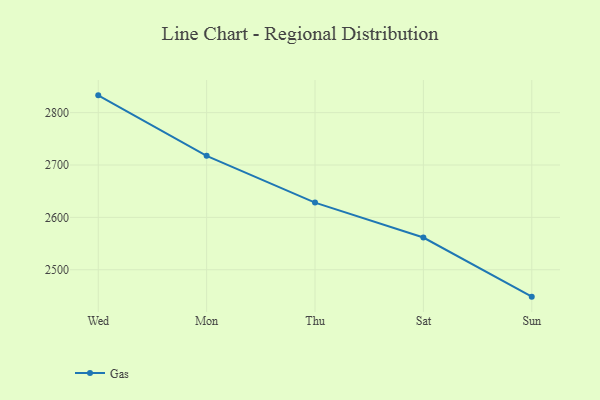
{"axis": {"x": "Day", "y": "LTV (USD)"}, "legend": ["Gas"], "data": [{"x": "Wed", "y": 2833.0, "type": "Gas"}, {"x": "Mon", "y": 2717.5, "type": "Gas"}, {"x": "Thu", "y": 2628.2, "type": "Gas"}, {"x": "Sat", "y": 2561.5, "type": "Gas"}, {"x": "Sun", "y": 2448.6, "type": "Gas"}]}